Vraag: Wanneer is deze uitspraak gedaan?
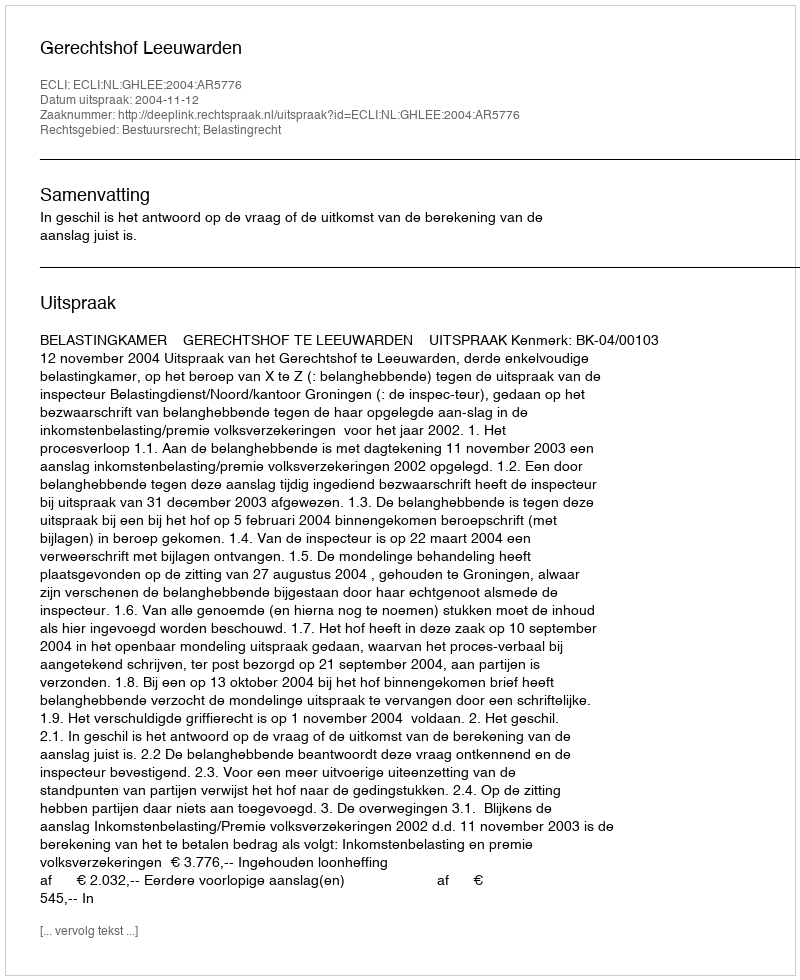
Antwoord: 2004-11-12